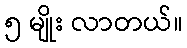
၅ မျိုး လာတယ်။